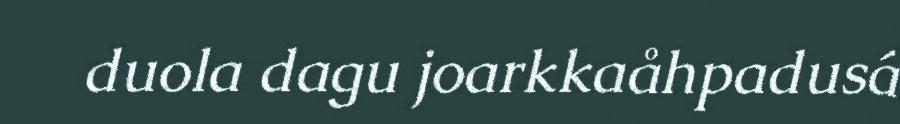
duola dagu joarkkaåhpadusá